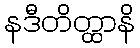
နဒီတိတ္ထာနိ